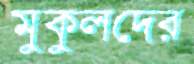
মুকুলদের